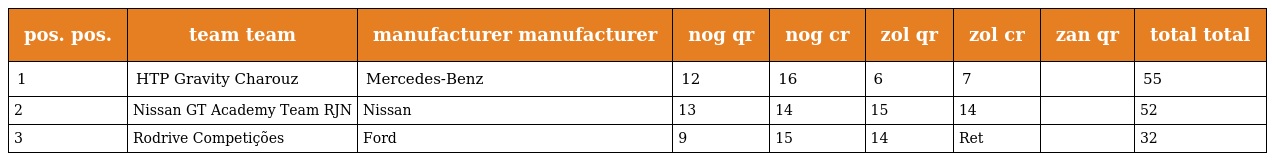
| pos. pos. | team team | manufacturer manufacturer | nog qr | nog cr | zol qr | zol cr | zan qr | total total |
 | --- | --- | --- | --- | --- | --- | --- | --- | --- |
 | 1 | HTP Gravity Charouz | Mercedes-Benz | 12 | 16 | 6 | 7 |  | 55 |
 | 2 | Nissan GT Academy Team RJN | Nissan | 13 | 14 | 15 | 14 |  | 52 |
 | 3 | Rodrive Competições | Ford | 9 | 15 | 14 | Ret |  | 32 |